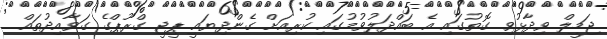
ޖަމީލް ވިދާޅުވި ގޮތުގައި އެ ބައްދަލުވުމުގައި ކުރިއަށް ގެންދިޔައީ ޕީޖީ ގްރޫޕްގެ ގަވާއިދުތައް